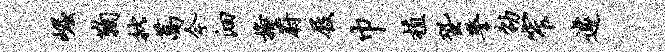
崛鞠批蒿今洄掩蔚屐巾植蛩警劭窄遽